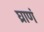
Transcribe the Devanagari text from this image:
घ्राणं